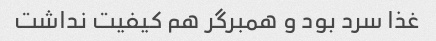
غذا سرد بود و همبرگر هم کیفیت نداشت